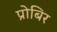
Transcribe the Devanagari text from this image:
प्रोबिर